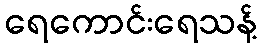
ရေကောင်းရေသန့်